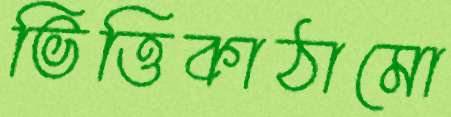
ভিত্তিকাঠামো